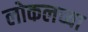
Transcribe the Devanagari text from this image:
लोकलच्या